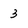
Character: 3